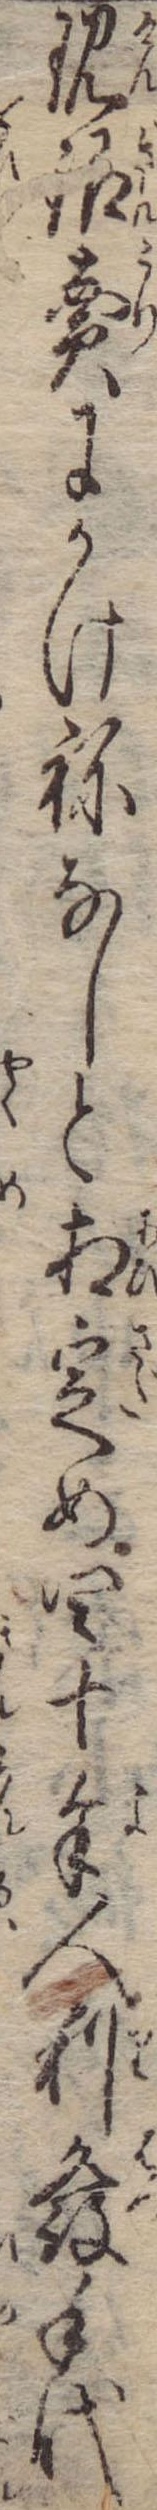
現銀売にかけねなしと相定め四十余人利発手代